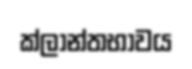
ක්ලාන්තභාවය